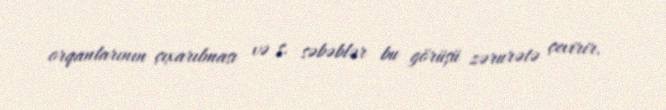
orqanlarının çıxarılması və s. səbəblər bu görüşü zərurətə çevirir.